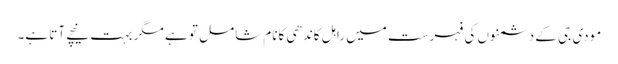
مودی جی کے دشمنوں کی فہرست میں راہل گاندھی کانام شامل تو ہے مگر بہت نیچے آتا ہے۔